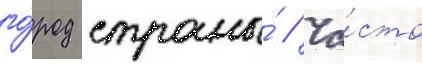
го́род страны́ // Ча́сто